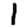
Digit: 1